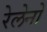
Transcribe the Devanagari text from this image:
रेलेनो